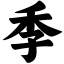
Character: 季